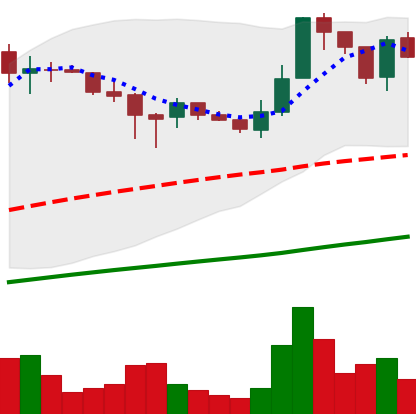
Ticker: LTC-USD
Chart end date: 2017-07-09
Forward return: -13.67%
Label: down_7plus